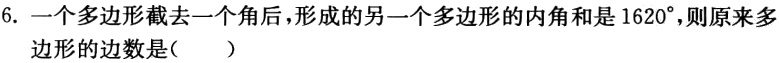
6. 一个多边形截去一个角后，形成的另一个多边形的内角和是$1620^{\circ}$，则原来多边形的边数是（  ）